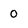
Character: 0